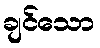
ချင်သော